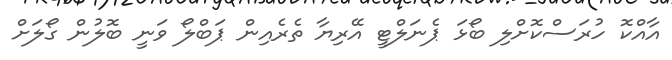
އާއްކޮ ހުރަސްކޮށްލި ބޯޅަ ޕެނަލްޓީ އޭރިޔާ ތެރެއިން ޕަބްލޯ ވަނީ ބޮލުން ގޯލަށް